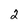
Character: 2